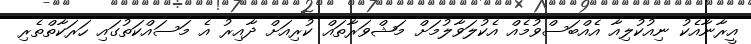
އީރާނާއެކު ނިއުކުލިއާ އެއްބަސްވުމެއް އެކުލަވާލުމަށް މަޝްވަރާތައް ކުރިއަށް ދާއިރު އެ މަސައްކަތުގައި ހަރަކާތްތެރި